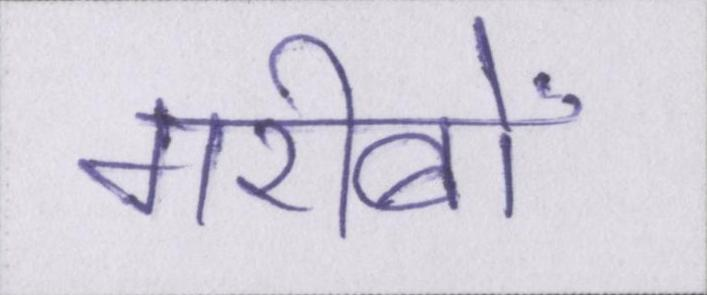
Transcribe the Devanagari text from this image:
गरीबों